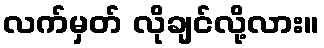
လက်မှတ် လိုချင်လို့လား။